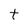
Character: t